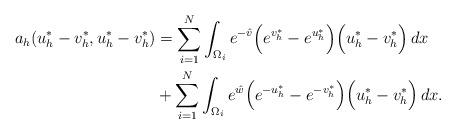
LaTeX: \begin{align*}a_{h}(u_h^* - v_h^*, u_h^* - v_h^*)& =\sum_{i=1}^N \int_{\Omega_i} e^{-\hat{v}} \Big(e^{v_h^*}- e^{u_h^*}\Big)\Big( u_h^* - v_h^* \Big)\, dx\\ &+\sum_{i=1}^N \int_{\Omega_i} e^{\hat{w}} \Big(e^{ - u_h^*}- e^{ - v_h^*} \Big)\Big( u_h^* - v_h^* \Big)\, dx.\end{align*}